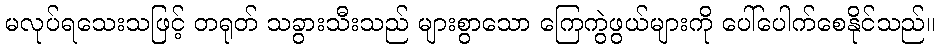
မလုပ်ရသေးသဖြင့် တရုတ် သခွားသီးသည် များစွာသော ကြေကွဲဖွယ်များကို ပေါ်ပေါက်စေနိုင်သည်။